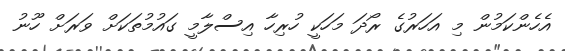
އެހެންކަމުން މި އަހަރުގެ ރޯދަ މަހަކީ ހުރިހާ އިސްލާމީ ގައުމުތަކަށް ވަރަށް ހޫނު